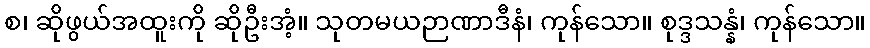
စ၊ ဆိုဖွယ်အထူးကို ဆိုဦးအံ့။ သုတမယဉာဏာဒီနံ၊ ကုန်သော။ စုဒ္ဒသန္နံ၊ ကုန်သော။